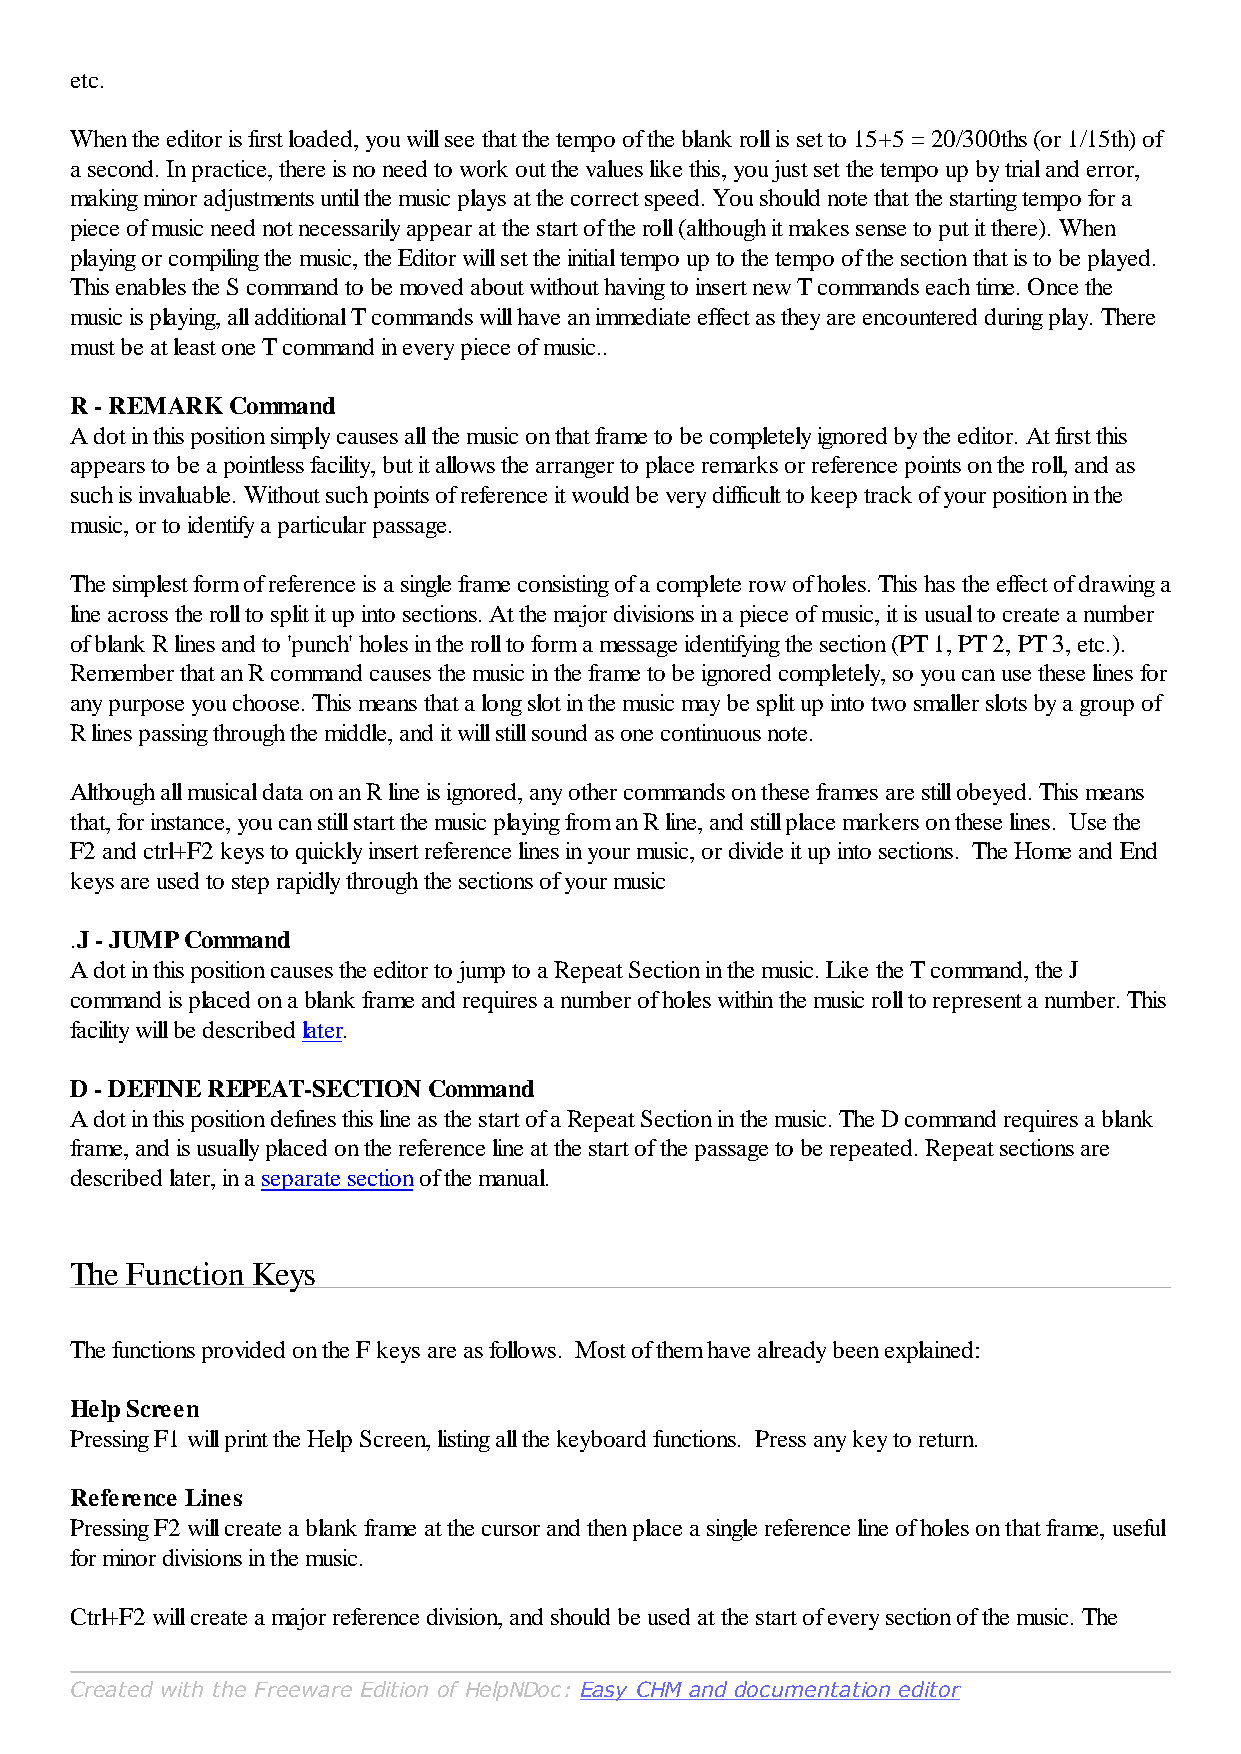
etc.
 When the editor is first loaded, you will see that the tempo of the blank roll is set to 15+5 = 20/300ths (or 1/15th) of
 a second. In practice, there is no need to work out the values like this, you just set the tempo up by trial and error,
 making minor adjustments until the music plays at the correct speed. You should note that the starting tempo for a
 piece of music need not necessarily appear at the start of the roll (although it makes sense to put it there). When
 playing or compiling the music, the Editor will set the initial tempo up to the tempo of the section that is to be played.
 This enables the S command to be moved about without having to insert new T commands each time. Once the
 music is playing, all additional T commands will have an immediate effect as they are encountered during play. There
 must be at least one T command in every piece of music..
 R - REMARK Command
 A dot in this position simply causes all the music on that frame to be completely ignored by the editor. At first this
 appears to be a pointless facility, but it allows the arranger to place remarks or reference points on the roll, and as
 such is invaluable. Without such points of reference it would be very difficult to keep track of your position in the
 music, or to identify a particular passage.
 The simplest form of reference is a single frame consisting of a complete row of holes. This has the effect of drawing a
 line across the roll to split it up into sections. At the major divisions in a piece of music, it is usual to create a number
 of blank R lines and to 'punch' holes in the roll to form a message identifying the section (PT 1, PT 2, PT 3, etc.).
 Remember that an R command causes the music in the frame to be ignored completely, so you can use these lines for
 any purpose you choose. This means that a long slot in the music may be split up into two smaller slots by a group of
 R lines passing through the middle, and it will still sound as one continuous note.
 Although all musical data on an R line is ignored, any other commands on these frames are still obeyed. This means
 that, for instance, you can still start the music playing from an R line, and still place markers on these lines. Use the
 F2 and ctrl+F2 keys to quickly insert reference lines in your music, or divide it up into sections. The Home and End
 keys are used to step rapidly through the sections of your music
 .J - JUMP Command
 A dot in this position causes the editor to jump to a Repeat Section in the music. Like the T command, the J
 command is placed on a blank frame and requires a number of holes within the music roll to represent a number. This
 facility will be described later.
 D - DEFINE REPEAT-SECTION Command
 A dot in this position defines this line as the start of a Repeat Section in the music. The D command requires a blank
 frame, and is usually placed on the reference line at the start of the passage to be repeated. Repeat sections are
 described later, in a separate section of the manual.
 The Function Keys
 The functions provided on the F keys are as follows. Most of them have already been explained:
 Help Screen
 Pressing F1 will print the Help Screen, listing all the keyboard functions. Press any key to return.
 Reference Lines
 Pressing F2 will create a blank frame at the cursor and then place a single reference line of holes on that frame, useful
 for minor divisions in the music.
 Ctrl+F2 will create a major reference division, and should be used at the start of every section of the music. The
 Created with the Freeware Edition of HelpNDoc: Easy CHM and documentation editor